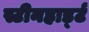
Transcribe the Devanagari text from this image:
स्टीनहार्ड्ट